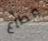
قطاع